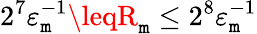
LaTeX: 2^{7}\varepsilon_{\mathtt{m}}^{-1}\leqR_{\mathtt{m}}\leq2^{8}\varepsilon_{\mathtt{m}}^{-1}